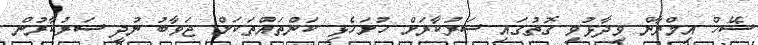
ޝޭހް އިމްރާން ވިދާޅުވި ގޮތުގައި ސަރުކާރަށް ހުށަހެޅި ކަންތައްތަކަށް ޖަވާބު ނުދީ ސަރުކާރުން